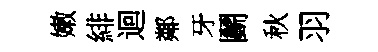
嫩緋迴鄰牙鬬秋羽